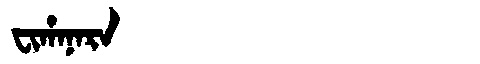
Manchu: ᠸᡳᡥᠠᠨᠠᡵᠠ
Romanization: FIHANARA